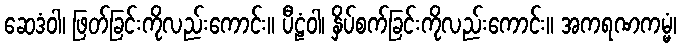
ဆေဒံဝါ၊ ဖြတ်ခြင်းကိုလည်းကောင်း။ ပီဠံဝါ၊ နှိပ်စက်ခြင်းကိုလည်းကောင်း။ အကရဏကမ္မံ၊